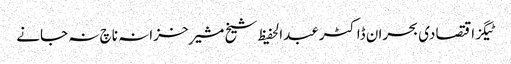
ٹیگزاقتصادی بحران ڈاکٹرعبدالحفیظ شیخ مشیرِ خزانہ ناچ نہ جانے